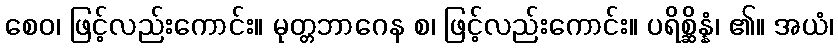
စေဝ၊ ဖြင့်လည်းကောင်း။ မုတ္တဘာဂေန စ၊ ဖြင့်လည်းကောင်း။ ပရိစ္ဆိန္နံ၊ ၏။ အယံ၊